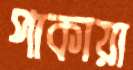
পাকায়া